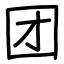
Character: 团